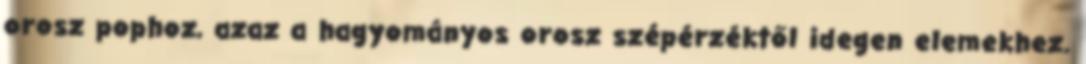
orosz pophoz, azaz a hagyományos orosz szépérzéktől idegen elemekhez.